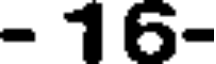
- 16-